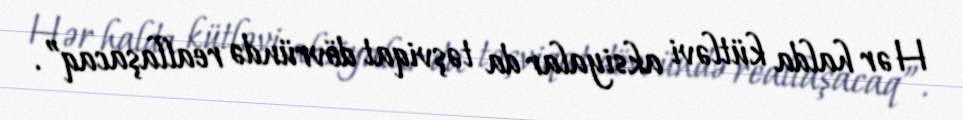
Hər halda kütləvi aksiyalar da təşviqat dövründə reallaşacaq”.